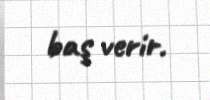
baş verir.